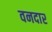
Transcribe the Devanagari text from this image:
वनदार